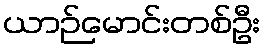
ယာဉ်မောင်းတစ်ဦး